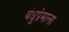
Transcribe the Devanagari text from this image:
बंधुप्रेमाला